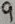
Text: 9